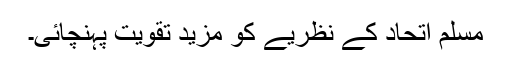
مسلم اتحاد کے نظریے کو مزید تقویت پہنچائی۔